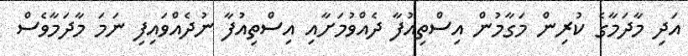
އަދި މާދަމާގެ ކުރިން މަގާމުން އިސްތިއުފާ ދެއްވުމަށާއި އިސްތިއުފާ ނުދެއްވައިފި ނަމަ މާދަމާވެސް